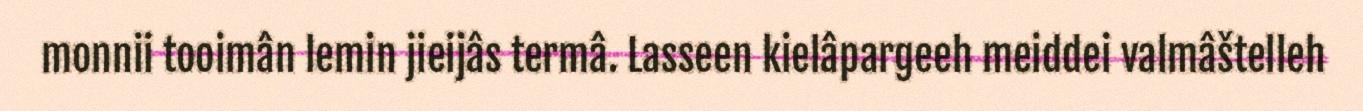
monnii tooimân lemin jieijâs termâ. Lasseen kielâpargeeh meiddei valmâštelleh